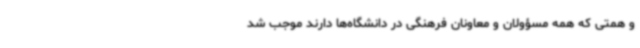
و همتی که همه مسؤولان و معاونان فرهنگی در دانشگاه‌ها دارند موجب شد